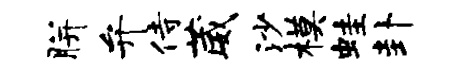
胼弁侍葳沙模蛙卦